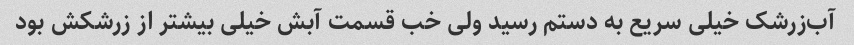
آب‌زرشک خیلی سریع به دستم رسید ولی خب قسمت آبش خیلی بیشتر از زرشکش بود